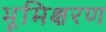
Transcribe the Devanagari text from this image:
भूमिक्षरण